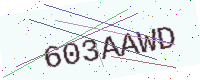
Text: 603AAWD